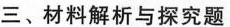
三、材料解析与探究题